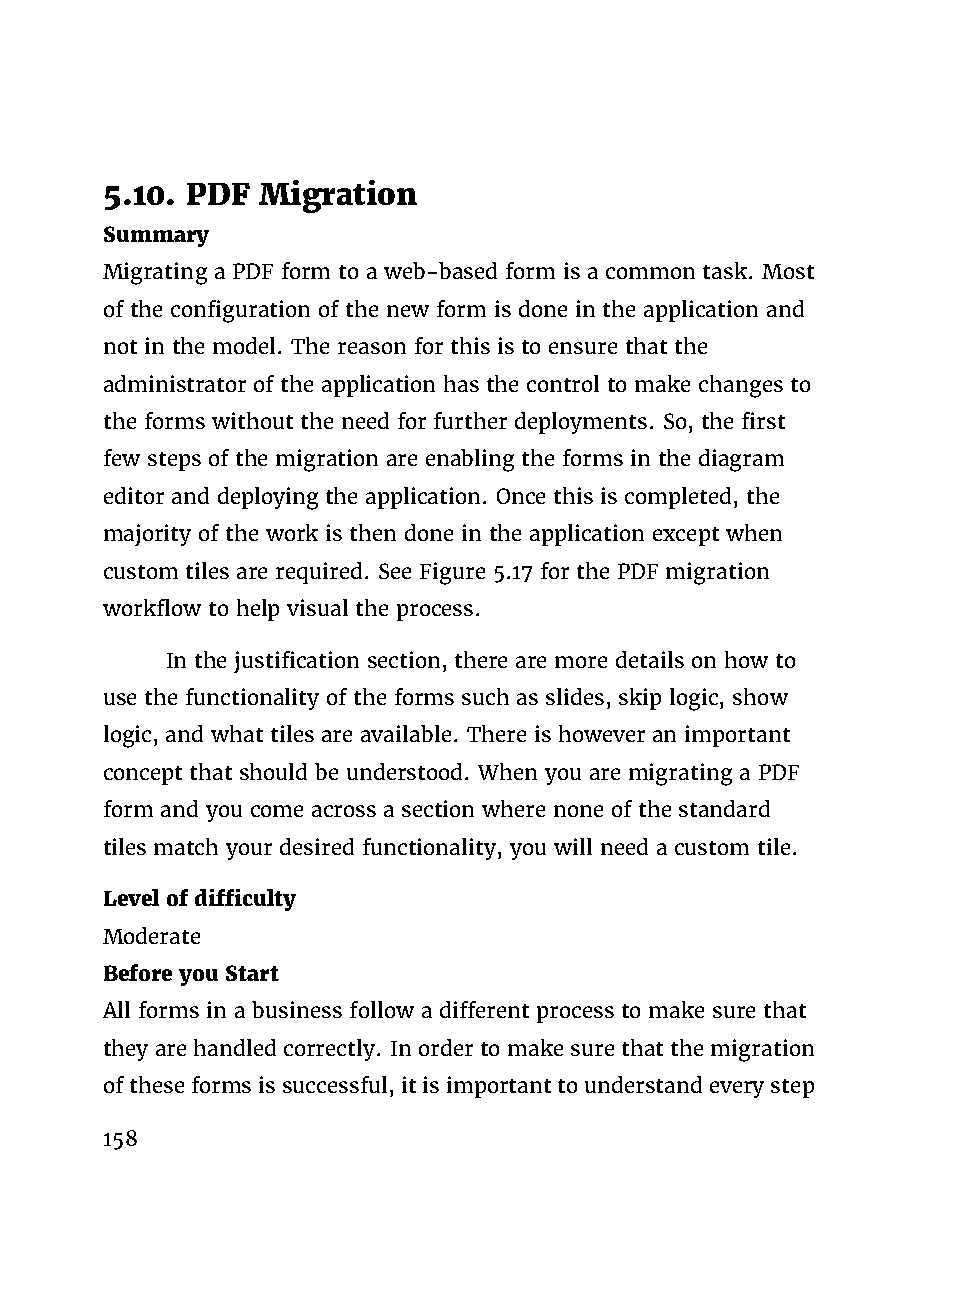
5.10. PDF Migration
 Summary
 Migrating a PDF form to a web-based form is a common task. Most
 of the configuration of the new form is done in the application and
 not in the model. The reason for this is to ensure that the
 administrator of the application has the control to make changes to
 the forms without the need for further deployments. So, the first
 few steps of the migration are enabling the forms in the diagram
 editor and deploying the application. Once this is completed, the
 majority of the work is then done in the application except when
 custom tiles are required. See Figure 5.17 for the PDF migration
 workflow to help visual the process.
 In the justification section, there are more details on how to
 use the functionality of the forms such as slides, skip logic, show
 logic, and what tiles are available. There is however an important
 concept that should be understood. When you are migrating a PDF
 form and you come across a section where none of the standard
 tiles match your desired functionality, you will need a custom tile.
 Level of difficulty
 Moderate
 Before you Start
 All forms in a business follow a different process to make sure that
 they are handled correctly. In order to make sure that the migration
 oftheseformsissuccessful,itisimportanttounderstandeverystep
 158